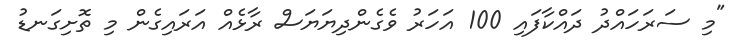
"މި ސަރަހައްދު ދައްކާފައި 100 އަހަރު ވެގެންދިޔަޔަސް ރާޅެއް އަރައިގެން މި ތޮށިގަނޑު